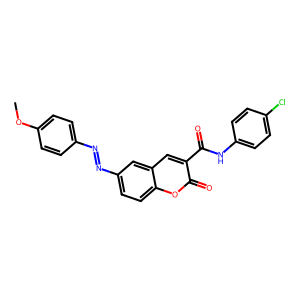
SMILES: COc1ccc(N=Nc2ccc3oc(=O)c(C(=O)Nc4ccc(Cl)cc4)cc3c2)cc1
Inhibits HIV replication: No